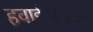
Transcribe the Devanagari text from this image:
हवाईअड़्डा